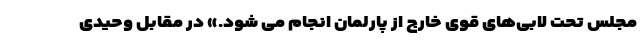
مجلس تحت لابی‌های قوی خارج از پارلمان انجام می شود.» در مقابل وحیدی